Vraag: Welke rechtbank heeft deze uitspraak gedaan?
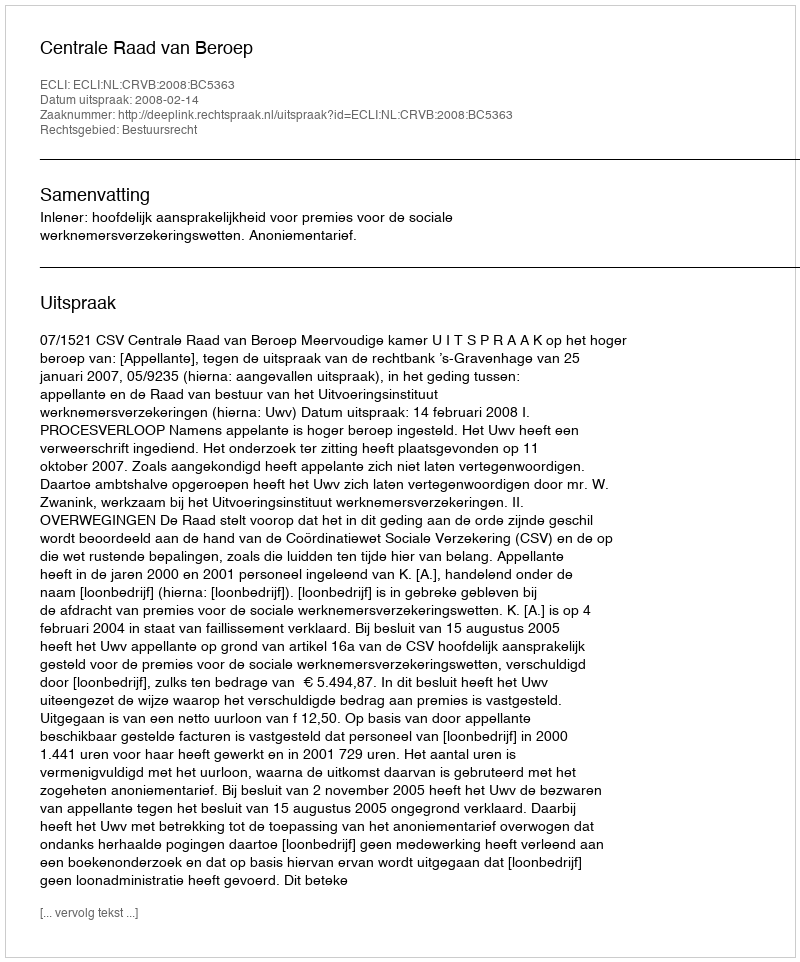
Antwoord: Centrale Raad van Beroep